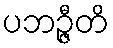
ပဘဉ္ဇီတိ